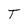
Character: T